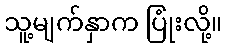
သူ့မျက်နှာက ပြုံးလို့။